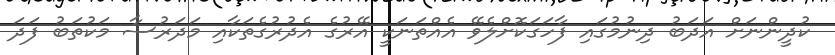
ކުދީންނަށް އަދަބު ދިނުމުގައި ފާހަގަކޮށްލެވޭ އެއްތަނަކީ އޭރުގެ އެދުރުގެތަކާއި މަދަރުސާ މަކުތަބު ފަދަ